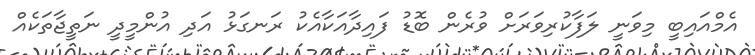
އެމްއައިބީ މިވަނީ ލަފާކުރިވަރަށް ވުރެން ބޮޑު ފައިދާއަކާއެކު ރަނގަޅު އަދި އުންމީދީ ނަތީޖާތަކެއް